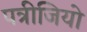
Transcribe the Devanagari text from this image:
पत्रीजियो